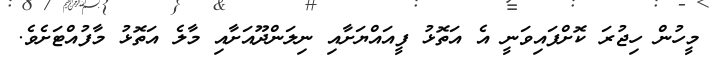
މީހުން ހިޖުރަ ކޮށްފައިވަނީ އެ އަތޮޅު ފީއައްޔަށާއި ނިލަންދޫއަށާއި މާލެ އަތޮޅު މާފުއްޓަށެވެ.